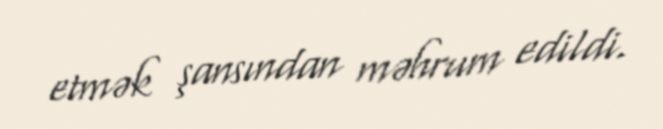
etmək şansından məhrum edildi.